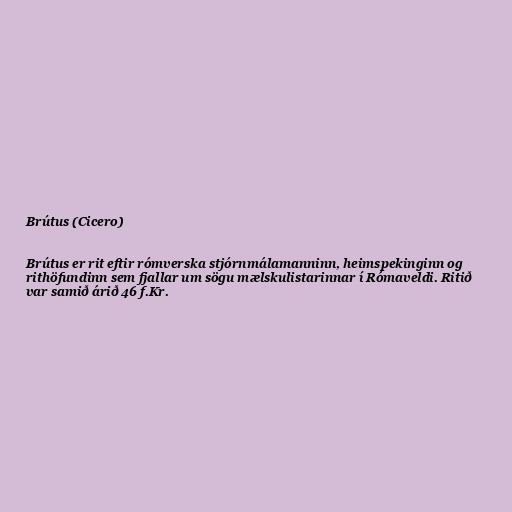
Brútus (Cicero)

Brútus er rit eftir rómverska stjórnmálamanninn, heimspekinginn og
rithöfundinn sem fjallar um sögu mælskulistarinnar í Rómaveldi. Ritið
var samið árið 46 f.Kr.